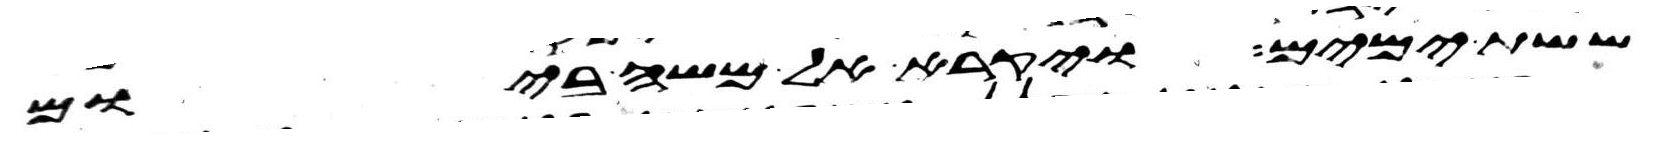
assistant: ששת ימים ויקרא אל משה ביום